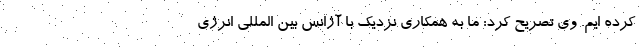
کرده ایم. وی تصریح کرد: ما به همکاری نزدیک با آژانس بین المللی انرژی